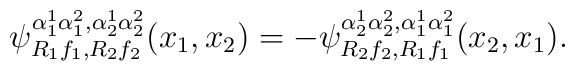
\psi^{\alpha_1^1\alpha_1^2,\alpha_2^1\alpha_2^2}_{R_1 f_1,R_2 f_2}(x_1,x_2)=-\psi^{\alpha_2^1\alpha_2^2,\alpha_1^1\alpha_1^2}_{R_2 f_2,R_1 f_1}(x_2,x_1).